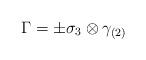
LaTeX: \begin{align*}\Gamma = \pm \sigma_3 \otimes \gamma_{(2)}\end{align*}